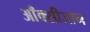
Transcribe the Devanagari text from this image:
आँक्सीजान